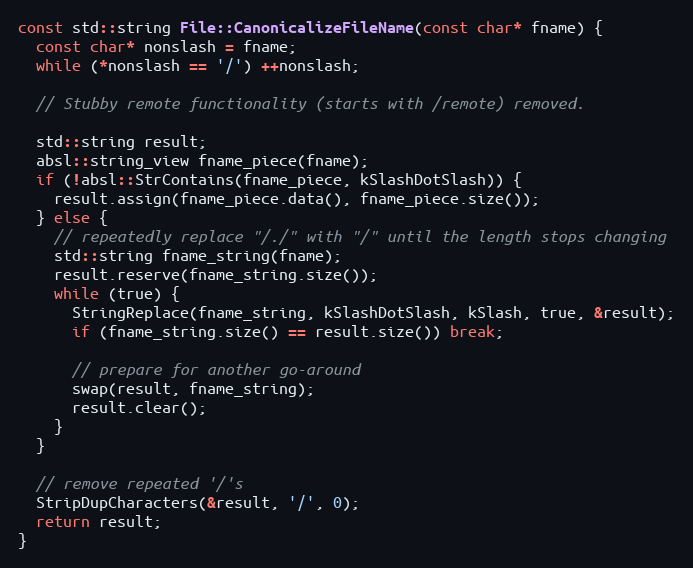
Language: C++
const std::string File::CanonicalizeFileName(const char* fname) {
  const char* nonslash = fname;
  while (*nonslash == '/') ++nonslash;

  // Stubby remote functionality (starts with /remote) removed.

  std::string result;
  absl::string_view fname_piece(fname);
  if (!absl::StrContains(fname_piece, kSlashDotSlash)) {
    result.assign(fname_piece.data(), fname_piece.size());
  } else {
    // repeatedly replace "/./" with "/" until the length stops changing
    std::string fname_string(fname);
    result.reserve(fname_string.size());
    while (true) {
      StringReplace(fname_string, kSlashDotSlash, kSlash, true, &result);
      if (fname_string.size() == result.size()) break;

      // prepare for another go-around
      swap(result, fname_string);
      result.clear();
    }
  }

  // remove repeated '/'s
  StripDupCharacters(&result, '/', 0);
  return result;
}